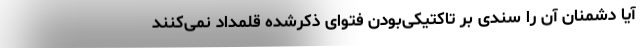
آیا دشمنان آن را سندی بر تاکتیکی‌بودن فتوای ذکرشده قلمداد نمی‌کنند